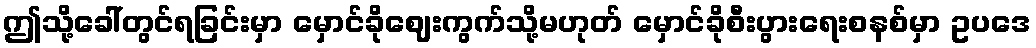
ဤသို့ခေါ်တွင်ရခြင်းမှာ မှောင်ခိုဈေးကွက်သို့မဟုတ် မှောင်ခိုစီးပွားရေးစနစ်မှာ ဥပဒေ